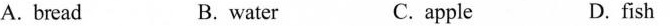
A. bread B. water C.apple D.fish